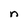
Character: n